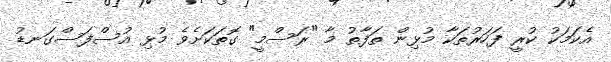
އެކަމަކު ކުރީ ފަހަރުތަކާ މުޅިން ތަފާތު މާ "ރަސްމީ" ގޮތަކަށެވެ މުޅި އުސްފަސްގަނޑު